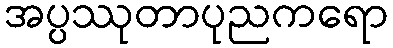
အပ္ပဿုတာပုညကရော